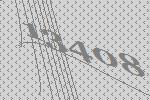
13408